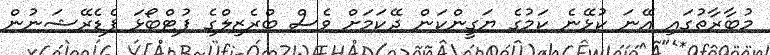
މުބާރާތުގައި އޭނަ ކުޅޭނެ ކަމުގެ ޔަގީންކަން ދޭކަމަށް ވެސް ބްރެޒިލްގެ ފުޓްބޯޅަ ފެޑެރޭޝަނުން